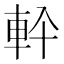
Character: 𮝂